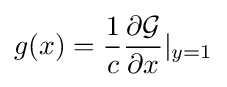
g(x)={\frac {1}{c}}{\partial {\mathcal {G}} \over \partial x}\vert _{y=1}